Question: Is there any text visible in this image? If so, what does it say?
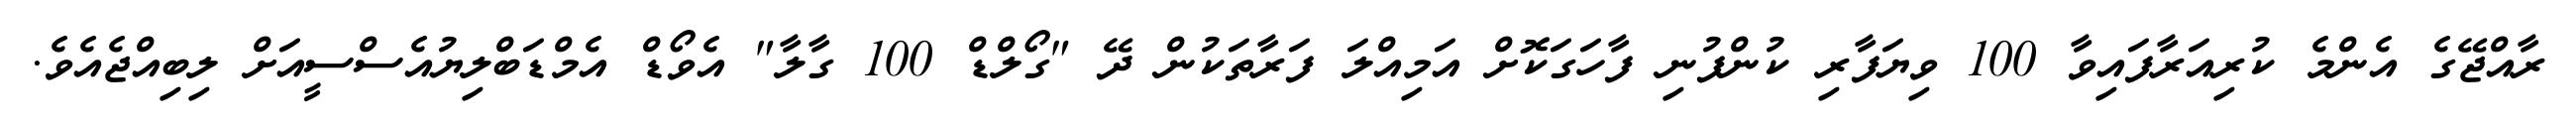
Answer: ރާއްޖޭގެ އެންމެ ކުރިއަރާފައިވާ 100 ވިޔަފާރި ކުންފުނި ފާހަގަކޮށް އަމިއްލަ ފަރާތަކުން ދޭ "ގޯލްޑް 100 ގާލާ" އެވޯޑް އެމްޑަބްލިޔުއެސްސީއަށް ލިބިއްޖެއެވެ.